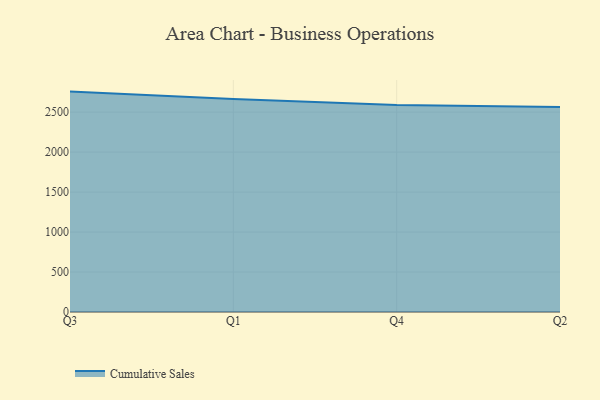
{"axis": {"x": "Quarter", "y": "Energy Usage (MWh)"}, "legend": ["Cumulative Sales"], "data": [{"x": "Q3", "y": 2756.9, "type": "Cumulative Sales"}, {"x": "Q1", "y": 2664.5, "type": "Cumulative Sales"}, {"x": "Q4", "y": 2590.6, "type": "Cumulative Sales"}, {"x": "Q2", "y": 2565.5, "type": "Cumulative Sales"}]}